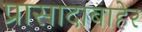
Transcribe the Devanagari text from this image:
प्रासादाबाहेर